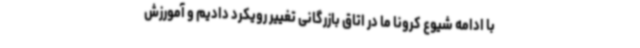
با ادامه شیوع کرونا ما در اتاق بازرگانی تغییر رویکرد دادیم و آمورزش